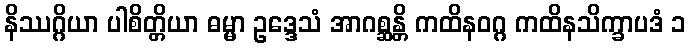
နိဿဂ္ဂိယာ ပါစိတ္တိယာ ဓမ္မာ ဥဒ္ဒေသံ အာဂစ္ဆန္တိ ကထိနဝဂ္ဂ ကထိနသိက္ခာပဒံ ၁